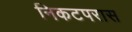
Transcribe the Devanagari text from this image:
निकटपरास